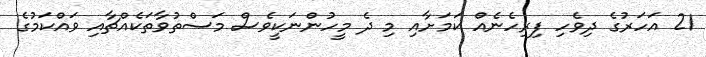
21 އަހަރުގެ ދިވެހި ފިރިހެނެއް ކަމަށާއި މި ދެ މީހުންނަކީވެސް މަސްތުވާތަކެއްޗާއި ވައްކަމުގެ